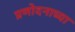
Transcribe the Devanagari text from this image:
प्रणोदनाच्या